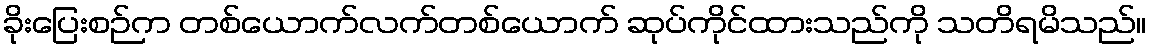
ခိုးပြေးစဉ်က တစ်ယောက်လက်တစ်ယောက် ဆုပ်ကိုင်ထားသည်ကို သတိရမိသည်။